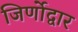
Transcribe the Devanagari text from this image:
जिर्णोद्वार